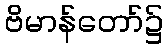
ဗိမာန်တော်၌